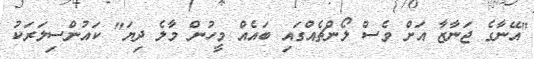
"އޭނާގެ ޖަނާޒާ އަށް ވެސް ލޯންޗެއްގައި ބައެއް މީހުން މާލެ ދިޔަ" ކައުންސިލަރަކު